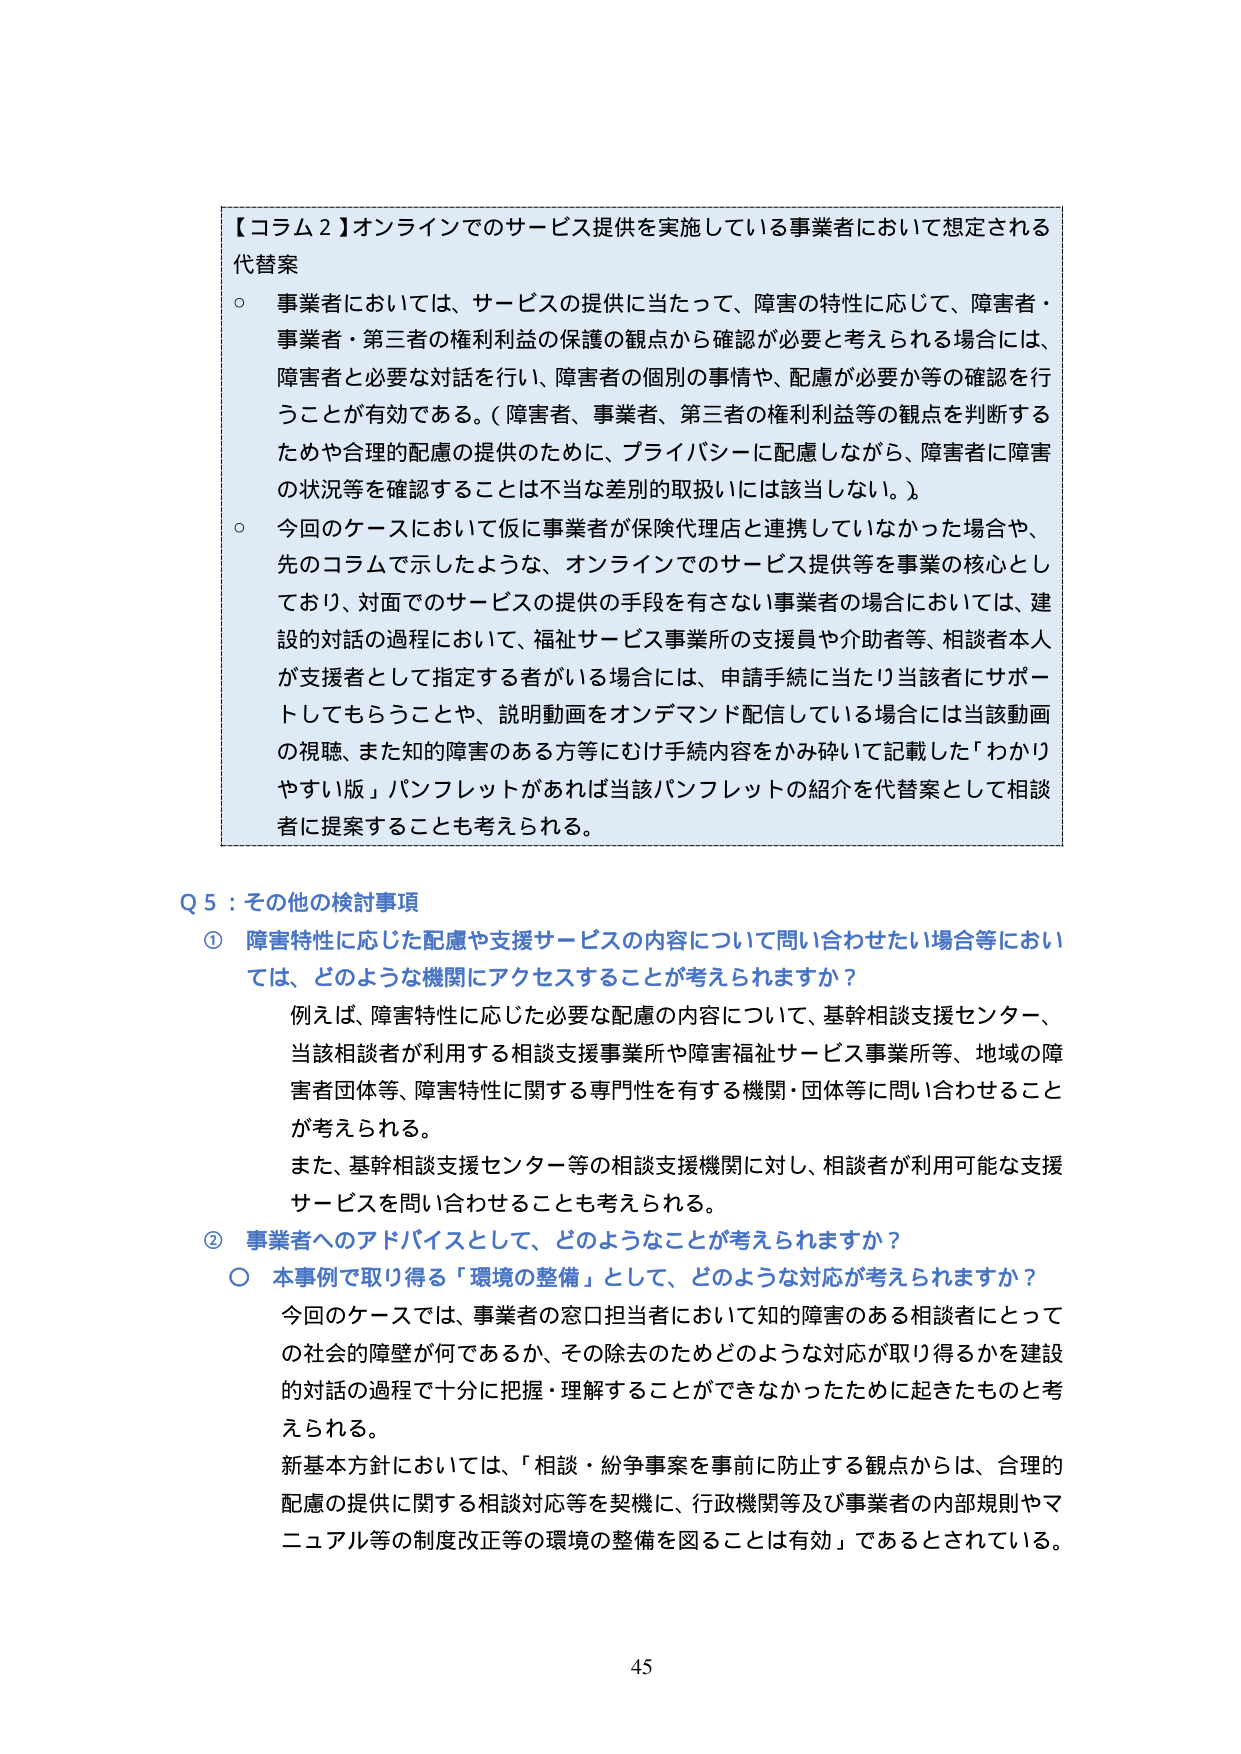
【コラム２】オンラインでのサービス提供を実施している事業者において想定される代替案
○ 事業者においては、サービスの提供に当たって、障害の特性に応じて、障害者・事業者・第三者の権利利益の保護の観点から確認が必要と考えられる場合には、障害者と必要な対話を行い、障害者の個別の事情や、配慮が必要か等の確認を行うことが有効である。（障害者、事業者、第三者の権利利益等の観点を判断するためや合理的配慮の提供のために、プライバシーに配慮しながら、障害者に障害の状況等を確認することは不当な差別的取扱いには該当しない。）
○ 今回のケースにおいて仮に事業者が保険代理店と連携していなかった場合や、先のコラムで示したような、オンラインでのサービス提供等を事業の核心としており、対面でのサービスの提供の手段を有さない事業者の場合においては、建設的対話の過程において、福祉サービス事業所の支援員や介助者等、相談者本人が支援者として指定する者がいる場合には、申請手続に当たり当該者にサポートしてもらうことや、説明動画をオンデマンド配信している場合には当該動画の視聴、また知的障害のある方等にもけ手続内容をかみ砕いて記載した「わかりやすい版」パンフレットがあれば当該パンフレットの紹介を代替案として相談者に提案することも考えられる。

Q５：その他の検討事項
① 障害特性に応じた配慮や支援サービスの内容について問い合わせたい場合等においては、どのような機関にアクセスすることが考えられますか？
　　例えば、障害特性に応じた必要な配慮の内容について、基幹相談支援センター、当該相談者が利用する相談支援事業所や障害福祉サービス事業所等、地域の障害者団体等、障害特性に関する専門性を有する機関・団体等に問い合わせることが考えられる。
　　また、基幹相談支援センター等の相談支援機関に対し、相談者が利用可能な支援サービスを問い合わせることも考えられる。
② 事業者へのアドバイスとして、どのようなことが考えられますか？
　　○ 本事例で取り得る「環境の整備」として、どのような対応が考えられますか？
　　　今回のケースでは、事業者の窓口担当者において知的障害のある相談者にとっての社会的障壁が何であるか、その除去のためどのような対応が取り得るかを建設的対話の過程で十分に把握・理解することができなかったために起きたものと考えられる。
　　　新基本方針においては、「相談・紛争事案を事前に防止する観点からは、合理的配慮の提供に関する相談対応等を契機に、行政機関等及び事業者の内部規則やマニュアル等の制度改正等の環境の整備を図ることは有効」であるとされている。

45